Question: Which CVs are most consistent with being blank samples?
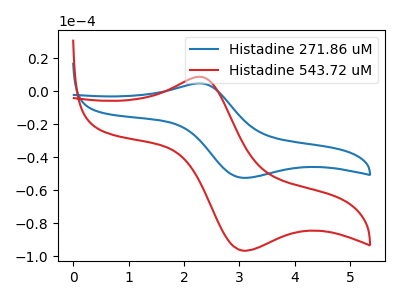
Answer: <think>The blue curve "Histadine 271.86 uM" has an anodic peak at (2.25V, 4.70uA) and a cathodic peak at (3.05V, -52.50uA). The red curve "Histadine 543.72 uM" has an anodic peak at (2.25V, 8.70uA) and a cathodic peak at (3.05V, -96.55uA).</think>
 <answer>There are not any CV's on this graph that are likely to be blanks.</answer>
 <eval>none</eval>